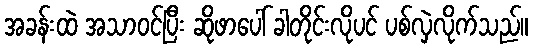
အခန်းထဲ အသာဝင်ပြီး ဆိုဖာပေါ် ခါတိုင်းလိုပင် ပစ်လှဲလိုက်သည်။